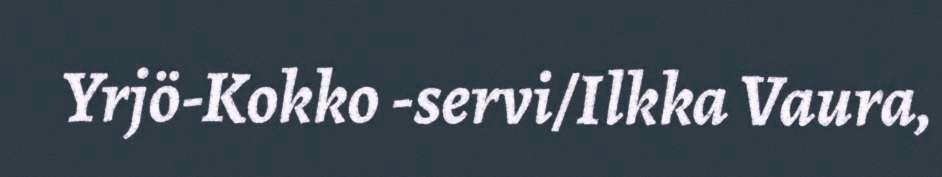
Yrjö-Kokko -servi/Ilkka Vaura,